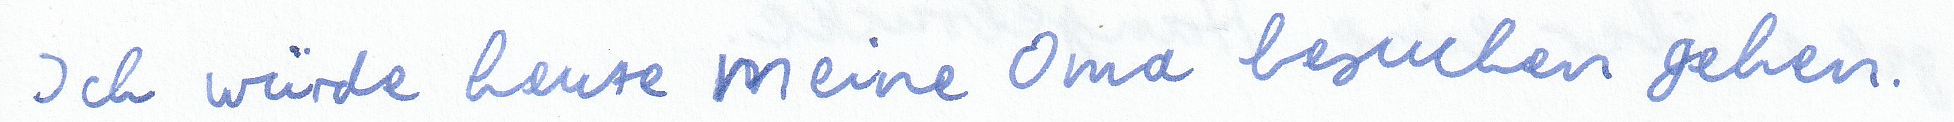
Ich würde heute meine Oma besuchen gehen.